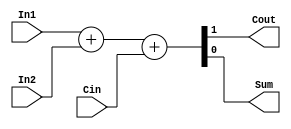
module FA_dataflow (Cout, Sum,In1,In2,Cin);
    input In1,In2;
    input Cin;
    output Cout;
    output Sum;
    assign {Cout,Sum}=In1+In2+Cin;
endmodule

module FA_32(Cout, Sum,In1,In2,Cin);
    input [31:0] In1, In2;
    input Cin;
    output Cout;
    output [31:0] Sum;
    wire [32:0] cout_temp;
    assign cout_temp[0]=Cin;
    genvar j;
    generate
        for(j=0;j<32;j=j+1)
        begin:
            FA_mod
            FA_dataflow FA1(cout_temp[j+1], Sum[j],In1[j],In2[j],cout_temp[j]);
        end
        assign Cout=cout_temp[32];
    endgenerate
endmodule

module tb_32FA;
    // initial
    // begin
    //     $dumpfile("FA.vcd");
    //     $dumpvars;
    // end
    reg [31:0] INP1, INP2;
    reg CIN;
    wire [31:0] SUM;
    wire COUT;
    FA_32 FA(COUT, SUM,INP1,INP2,CIN);
    initial
    begin
        //$monitor(,$time, " INP1=%h INP2=%h CIN=%h SUM=%h COUT=%h",INP1,INP2,CIN,SUM,COUT);
        INP1=32'h00001111;
        INP2=32'h0000aaaa;
        CIN=1'b0;
        #10  INP1=32'h00001111;INP2=32'h0011aaaa;
        #10 $finish;
    end
endmodule